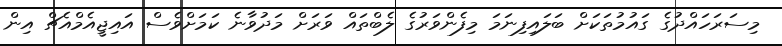
މިސަރަހައްދުގެ ގައުމުތަކަށް ބަލައިފިނަމަ މިފެންވަރުގެ ލެބްތައް ވަރަށް މަދުވާނެ ކަމަށްވެސް އައިޖީއެމްއެޗް އިން